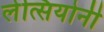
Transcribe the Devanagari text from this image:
लेत्सियोनी